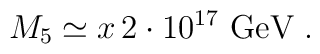
M_5\simeq x\, 2\cdot 10^{17}\mbox{ GeV}\; .